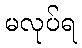
မလုပ်ရ